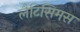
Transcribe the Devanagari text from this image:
लैटिसिमस